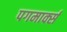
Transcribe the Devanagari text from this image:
पगमार्क्स